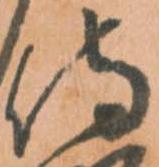
侍